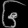
Digit: ၆